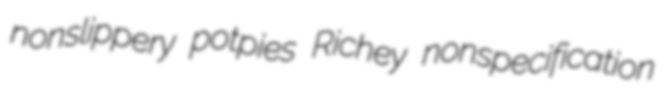
nonslippery potpies Richey nonspecification